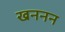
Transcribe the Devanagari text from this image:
खननन